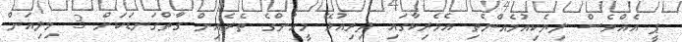
ޕީ އެއްވެސް ލިޔެކިއުމެއްނެތި އެމެރިކާގައި ދިރިއުޅޭ މީހުންގެ ތެރެއިން ގާތްގަނޑަކަށް 3 މިލިއަން